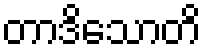
တာဒိသောတိ